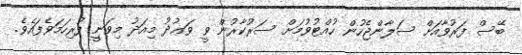
ބޭސް ފަރުވާއަށް ސަލާންޖެހުން ހުއްޓުވުމަށް ސަރުކާރުން ވީ ވަޢުދު މިއަދު މިވަނީި ފުރިހަމަވެފައެވެ.